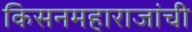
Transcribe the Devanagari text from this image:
किसनमहाराजांची